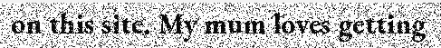
on this site. My mum loves getting